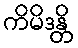
ကိမိဒန္တိ